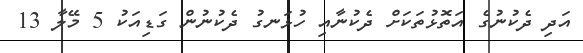
އަދި ދެކުނުގެ އަތޮޅުތަކަށް ދެކުނާއި ހުޅަނގު ދެކުނުން ގަޑިއަކު 5 މޭލާ 13